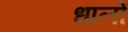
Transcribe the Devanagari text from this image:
धालों